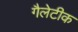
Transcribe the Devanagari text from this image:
गैलेटीक